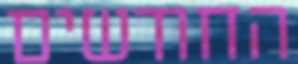
החודשים